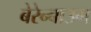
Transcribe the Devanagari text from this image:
बेरेन्बाउम